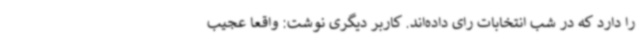
را دارد که در شب انتخابات رای داده‌اند. کاربر دیگری نوشت: واقعا عجیب